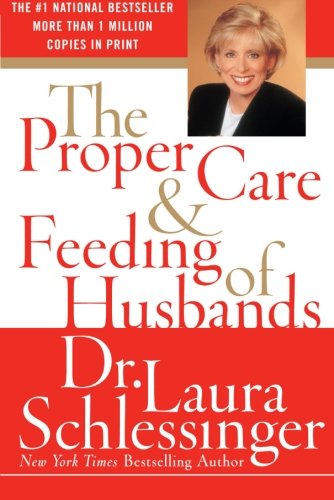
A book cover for The Proper Care and Feeding of Husbands; Laura Schlessinger; Parenting & Relationships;